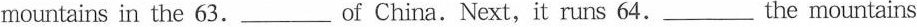
mountainsin the 63. ____ of China. Next, it runs 64. ___ the mountains